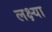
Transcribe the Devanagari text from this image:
लक्ष्‍या